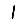
Digit: 1